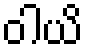
ဝါယိ